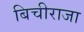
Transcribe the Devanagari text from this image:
बिचीराजा